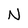
Character: N